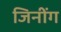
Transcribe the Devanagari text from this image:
जिनींग